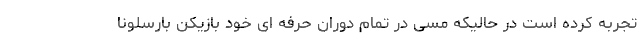
تجربه کرده است در حالیکه مسی در تمام دوران حرفه ای خود بازیکن بارسلونا